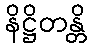
နိဋ္ဌိတန္တိ